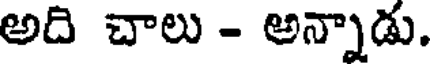
అది చాలు - అన్నాడు.